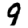
Digit: 9